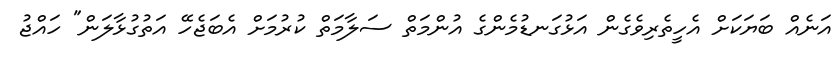
އަނެއް ބަޔަކަށް އެހީތެރިވެގެން އަޅުގަނޑުމެންގެ އުންމަތް ސަލާމަތް ކުރުމަށް އެބަޖެހޭ އަތުގުޅާލަން" ހައްޖު